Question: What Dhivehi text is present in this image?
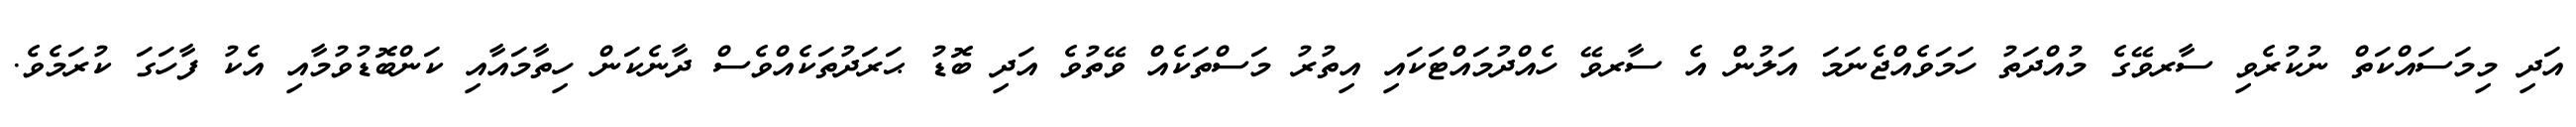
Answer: އަދި މިމަސައްކަތް ނުކުރެވި ސާރވޭގެ މުއްދަތު ހަމަވެއްޖެނަމަ އަލުން އެ ސާރވޭ ހެއްދުމައްޓަކައި އިތުރު މަސްތަކެއް ވޭތުވެ އަދި ބޮޑު ޙަރަދުތަކެއްވެސް ދާނެކަން ހިތާމައާއި ކަންބޮޑުވުމާއި އެކު ފާހަގަ ކުރަމެވެ.